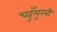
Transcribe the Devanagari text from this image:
चहुँमुखी